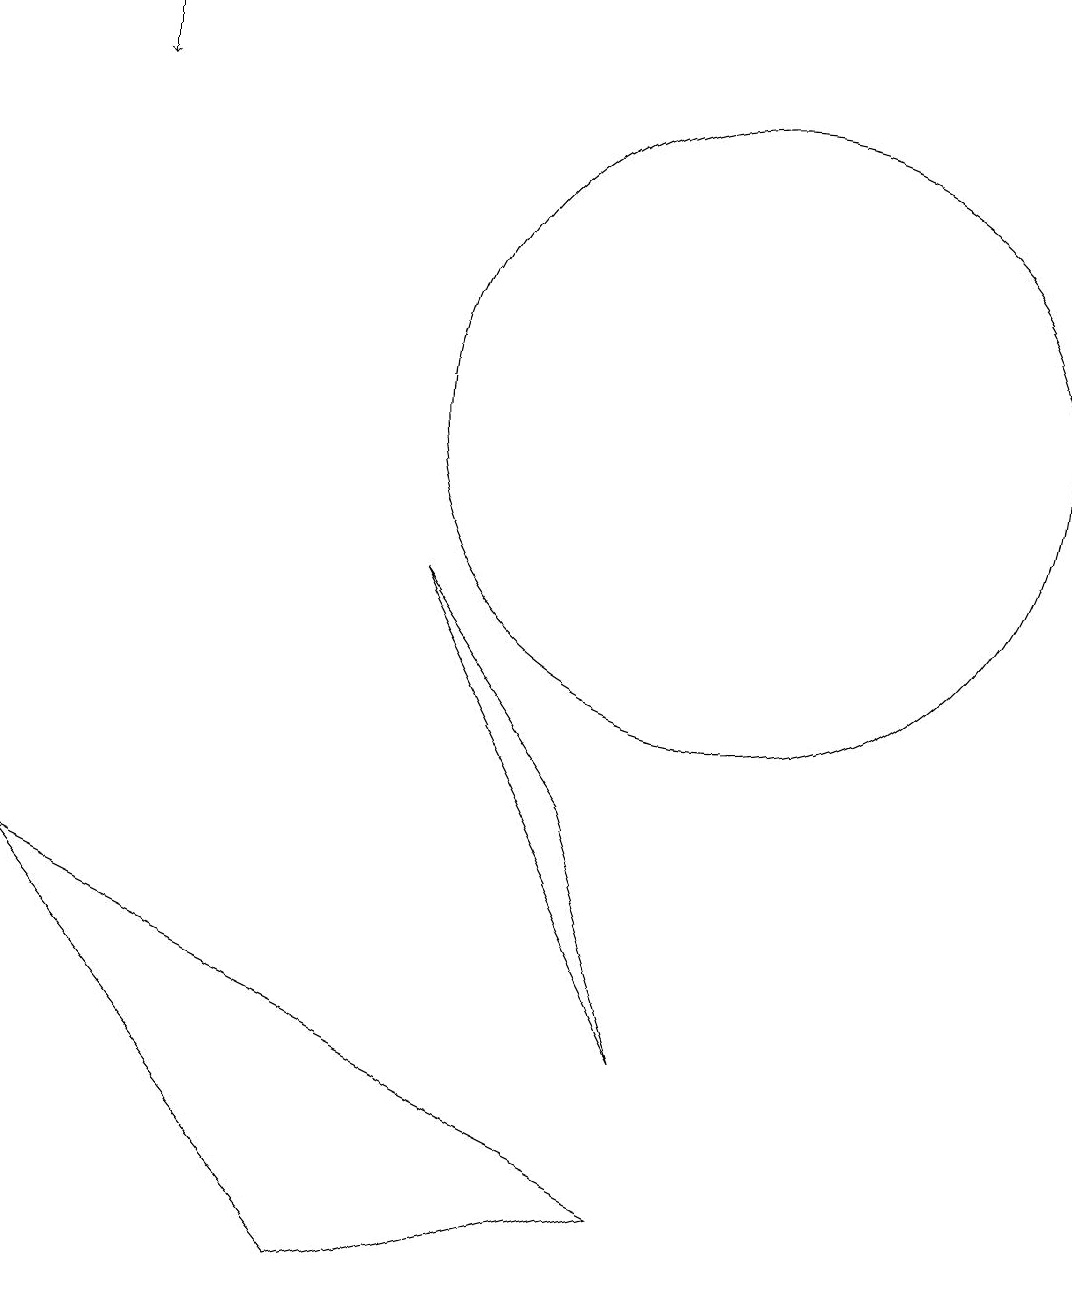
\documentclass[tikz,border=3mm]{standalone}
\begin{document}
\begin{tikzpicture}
\draw (6,9) -- (9,3) -- (8,6) -- cycle;
\draw (5,0) -- (1,5) -- (9,1) -- cycle;
\draw[->] (2,16) -- (2,15);
\draw (10,11) circle (4);
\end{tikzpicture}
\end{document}